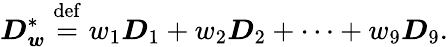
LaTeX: \boldsymbol{D}_{\boldsymbol{w}}^{*}\stackrel{\mathrm{def}}{=}w_{1}\boldsymbol{D}_{1}+w_{2}\boldsymbol{D}_{2}+\cdots+w_{9}\boldsymbol{D}_{9}.